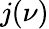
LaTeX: j(\nu)